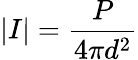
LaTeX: |I|=\frac{P}{4\pi d^{2}}